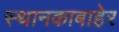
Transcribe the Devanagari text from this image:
स्थानकाबाहेर